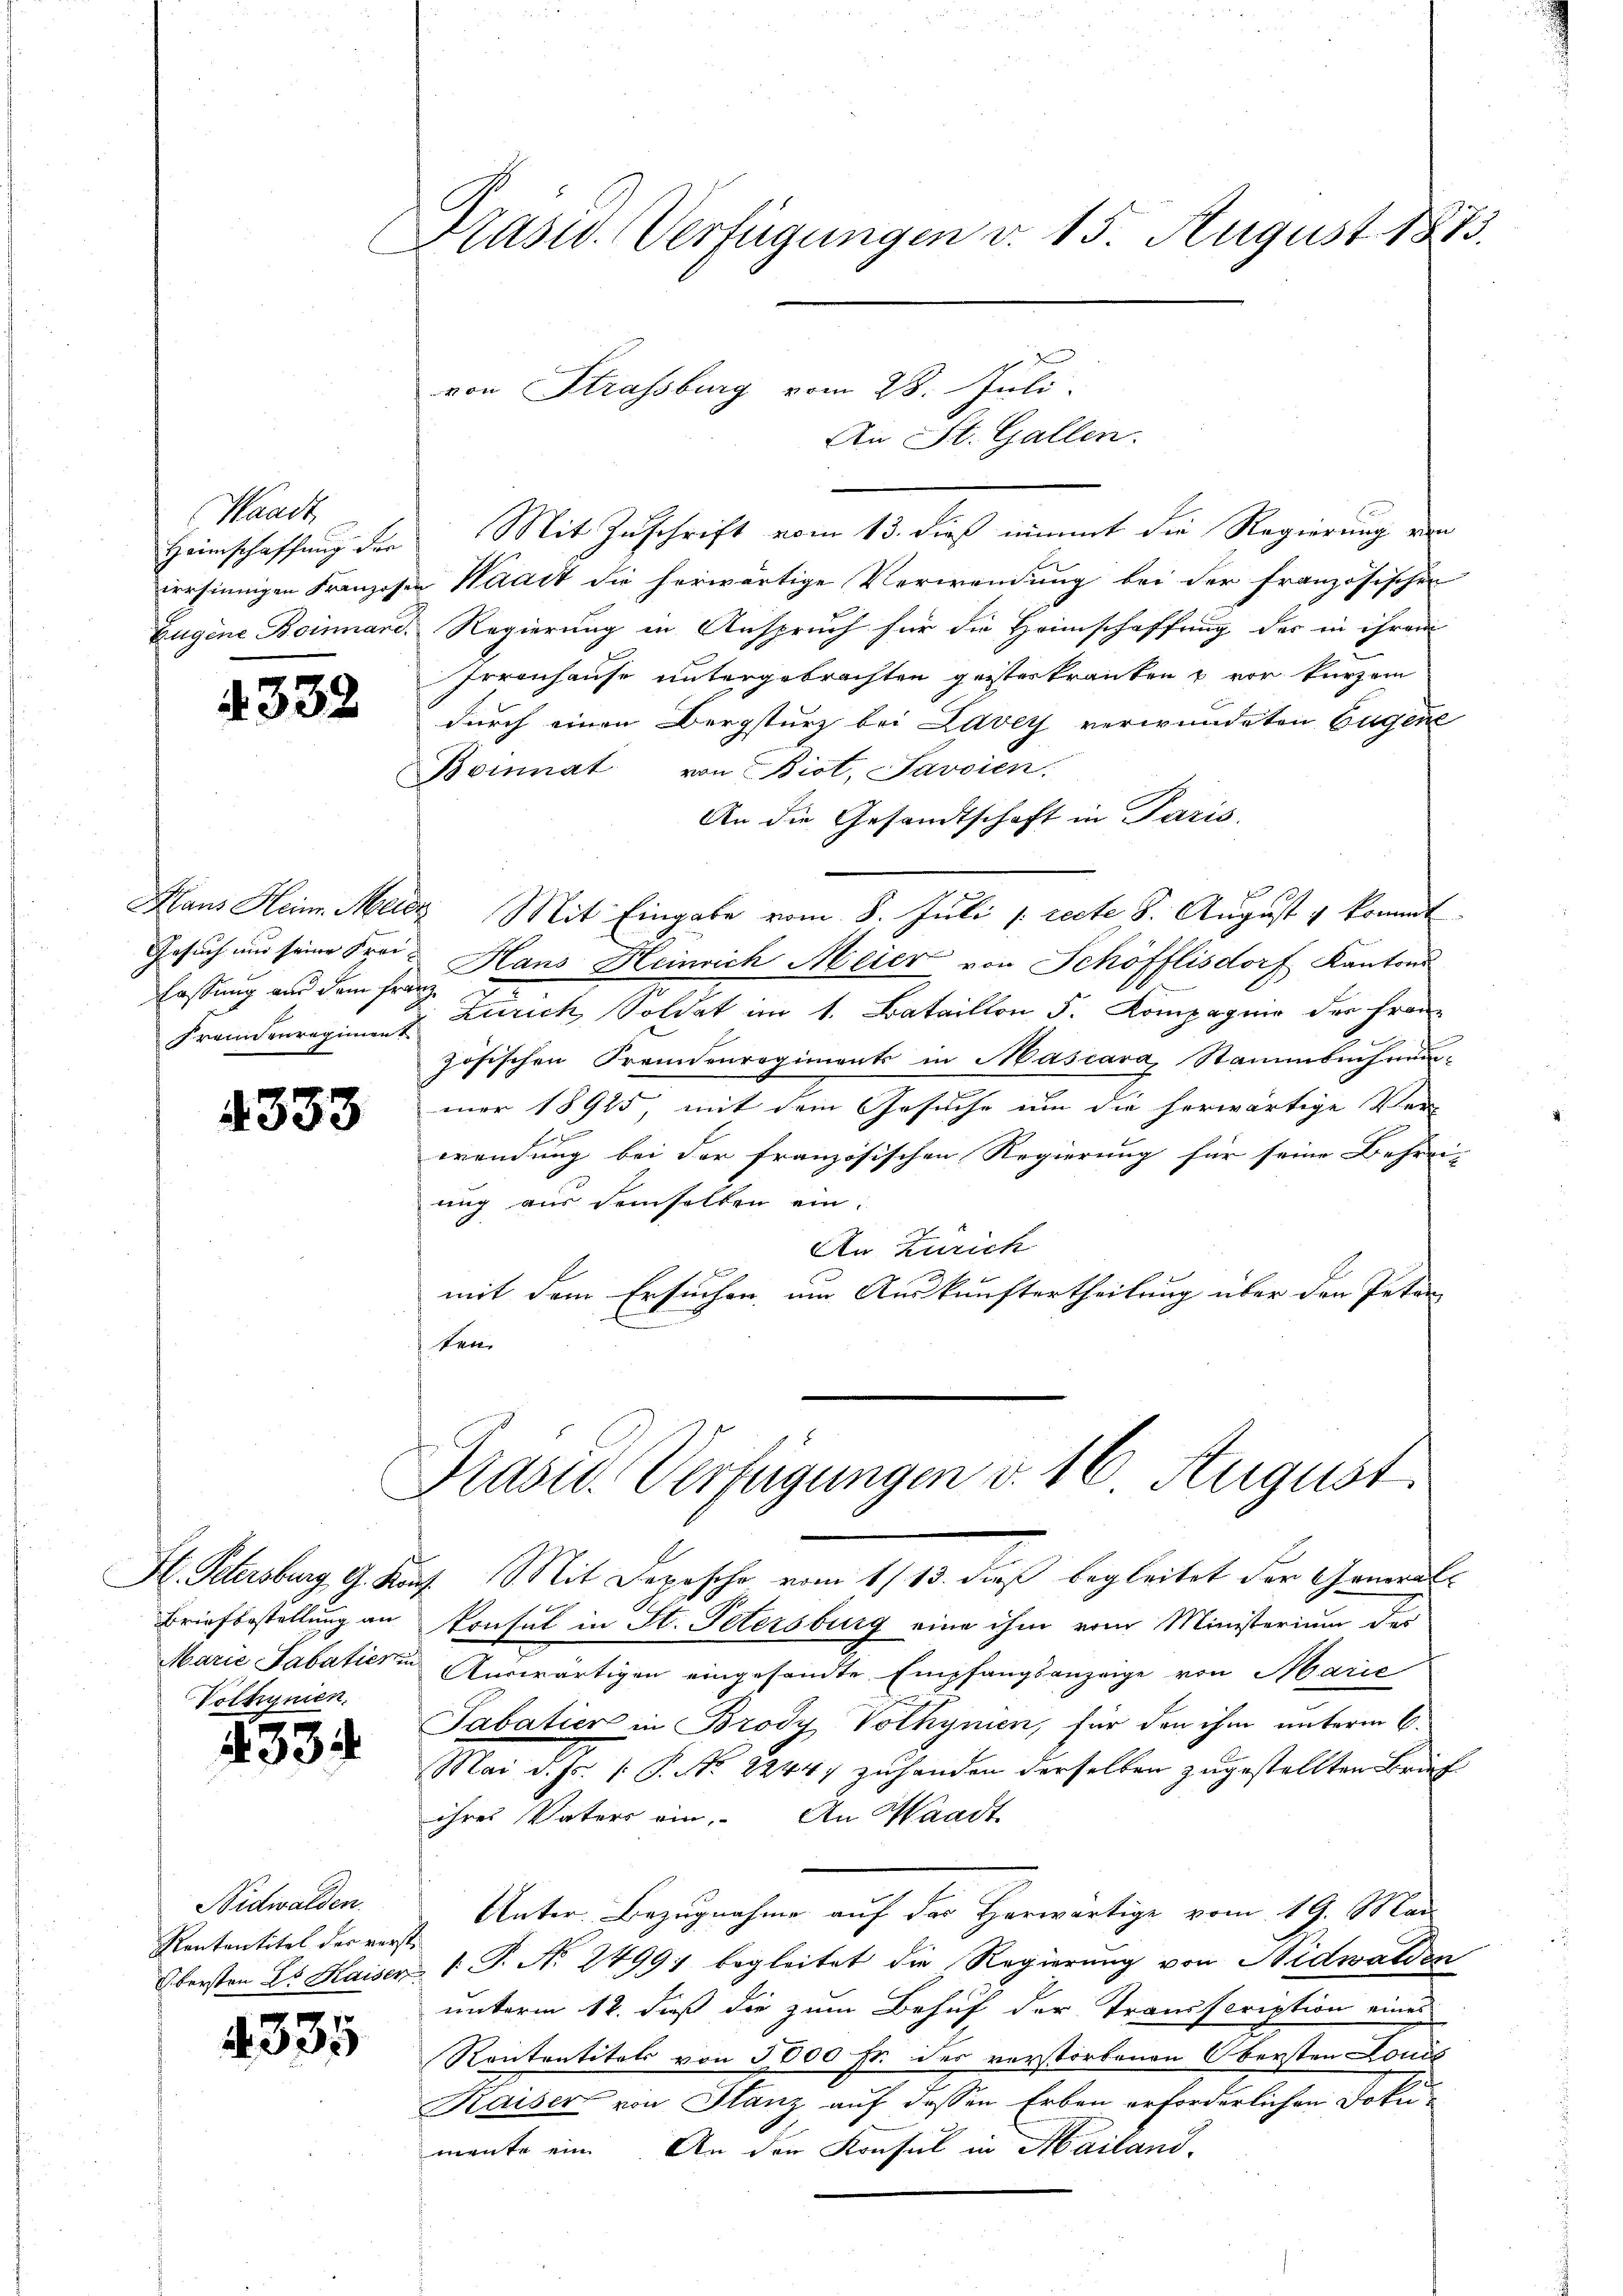
Waadt,
Heimschaffung der
Eugene Boinnane.

4332

Hans Heim Meile
Gesuch und seine Frei-
fassung und dem Frau
Frennenregiment

4333

Briefbestellung an
Voldignien.

4334

Nidwalden.
Kontantitel der ver¬
Obersten ds Kaiser

335

Prasw. Verfügungen v. 15. August 1873.

d
von Strassburg vom 28. Juli.
An St. Gallen.

Mit Zuschrift vom 13. dieß nimmt die Regierung von
versinnigen Franzosen Waadt die herwärtige Verwendung bei der französischen
Regierung in Anspruch für die Heimschaffung des in ihrem
Irrenhause untergebrachten geisterkranken & vor kurzem
durch einen Bergsturz bei Lavey verwundeten Eugene
Boinnat von Biot, Savoien.
An die Gesandtschaft in Paris.
 Mit Eingabe vom 8. Juli [recte S. August u kommt
Hans Heinrich Meier von Schöfflisdorf Kantons
 Zürich, Soldat im 1. Bataillon 5. Kompagnie der Franz
zösischen Fremdenregiments in Mascara, Stammsnehmun-
mer 18925, mit dem Gesuche um die herwärtige Ver-
f
wendung bei der französischen Regierung für seine Befrei-
uug aus demselben ein.
An Zürich
mit dem Ersuchen, um Auskunftertheilung über den Peten
Ver

Präsid. Verfügungen v. 16. August.

Hr. Petersburg, G. Kauf. Mit Depesche vom 1. 13. dieß begleitet der General-
konsul in St. Petersburg eine ihm vom Ministerium des
Marie Tabatieren Auswärtigen eingesandte Empfangsanzeige von Marie
Sabatier in Brody Vothynien, für den ihm unterm 6.
Mai d. Js. v. P. No 22447 zuhanden derselben zugestellten Brief
ihres Vaters ein. An Waadt
Unter Bezugnahme auf der Herwärtige vom 19. Mai
 1 S. No 24997 begleitet die Regierung von Nidwalden
unterm 12. dieß die zum Behuf der Transscription eines
Kontentitels von 5000 fr. des verstorbenen Obersten Louis
Kaiser von Stanz auf dessen Erben erforderlichen Jokumante ein. An den Konsul in Mailand-